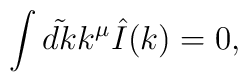
\int \tilde {dk}k^\mu \hat I(k)=0,